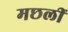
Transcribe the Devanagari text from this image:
मछलीं